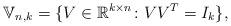
LaTeX: \begin{align*}\mathbb{V}_{n,k} = \{V \in \mathbb{R}^{k \times n} \colon VV^T = I_k\},\end{align*}